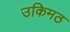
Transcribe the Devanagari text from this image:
उकिमठ